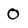
Character: 0